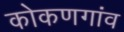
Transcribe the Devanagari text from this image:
कोकणगांव